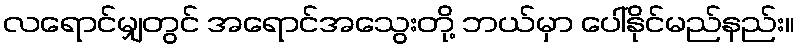
လရောင်မျှတွင် အရောင်အသွေးတို့ ဘယ်မှာ ပေါ်နိုင်မည်နည်း။